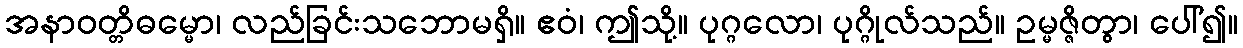
အနာဝတ္တိဓမ္မော၊ လည်ခြင်းသဘောမရှိ။ ဧဝံ၊ ဤသို့။ ပုဂ္ဂလော၊ ပုဂ္ဂိုလ်သည်။ ဥမ္မဇ္ဇိတွာ၊ ပေါ်၍။